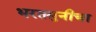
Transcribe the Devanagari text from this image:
भरतमुनीचा